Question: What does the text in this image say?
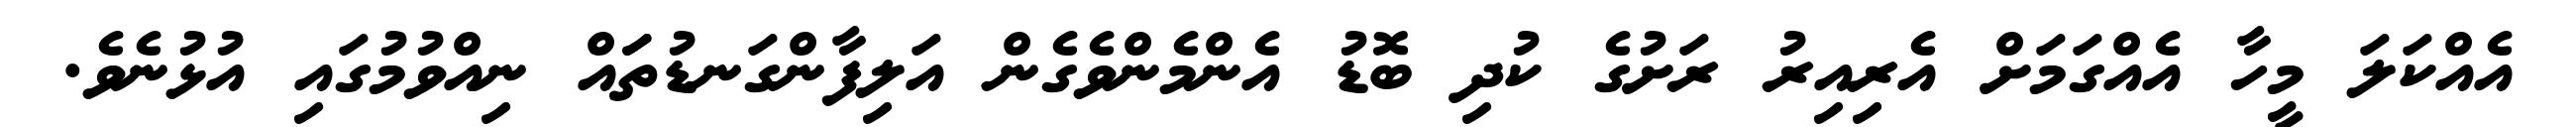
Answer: އެއްކަލަ މީހާ އެއްގަމަށް އެރިއިރު ރަށުގެ ކުދި ބޮޑު އެންމެންވެގެން އަލިފާންގަނޑުތަައް ނިއްވުމުގައި އުޅުނެވެ.